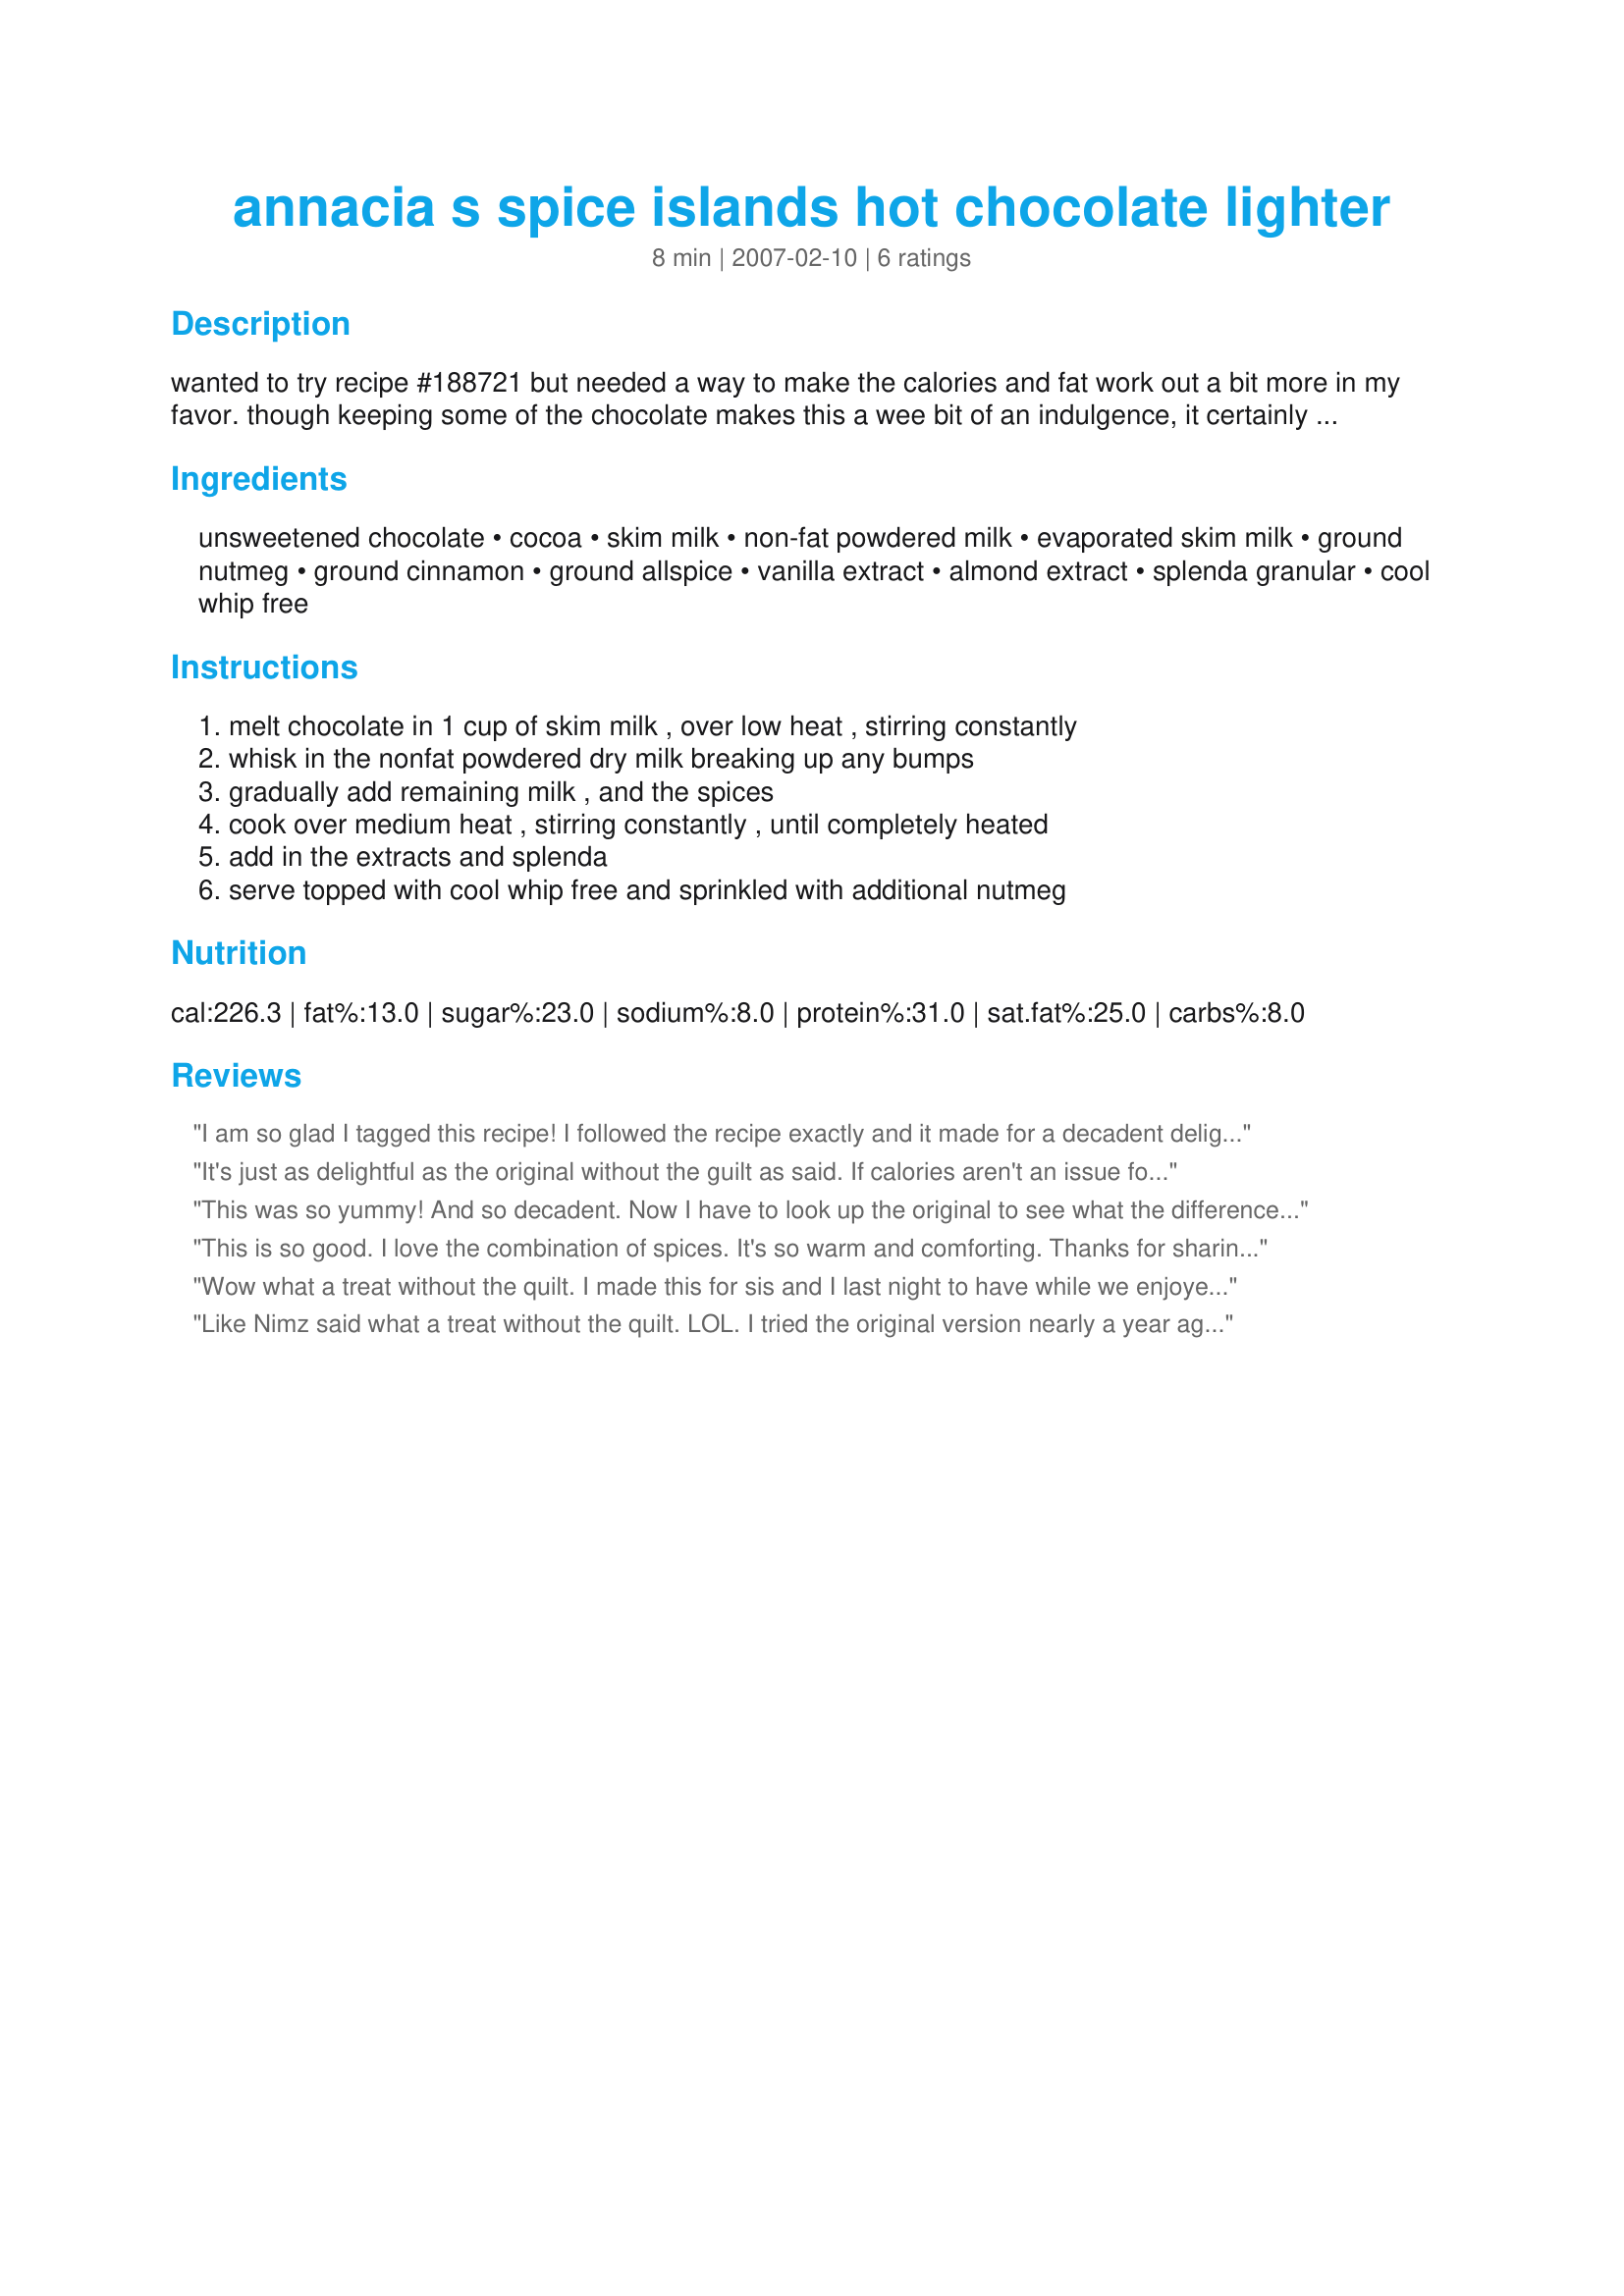
annacia s spice islands hot chocolate lighter
Preparation time: 8 minutes

wanted to try recipe #188721 but needed a way to make the calories and fat work out a bit more in my favor. though keeping some of the chocolate makes this a wee bit of an indulgence, it certainly makes this a better option for low fat folks like me or diabetics. have not tried the original, but i think this captures the it's flavors. thank you annacia for sharing your recipe and helping to create this one. :)

Ingredients:
unsweetened chocolate, cocoa, skim milk, non-fat powdered milk, evaporated skim milk, ground nutmeg, ground cinnamon, ground allspice, vanilla extract, almond extract, splenda granular, cool whip free

Steps:
melt chocolate in 1 cup of skim milk , over low heat , stirring constantly, whisk in the nonfat powdered dry milk breaking up any bumps, gradually add remaining milk , and the spices, cook over medium heat , stirring constantly , until completely heated, add in the extracts and splenda, serve topped with cool whip free and sprinkled with additional nutmeg

Reviews:
I am so glad I tagged this recipe! I followed the recipe exactly and it made for a decadent delight. I love the flavor the nutmeg a cinnamon give it. I plan on using the left over to make a mocha tomorrow morning. Thanks for the wonderful recipe Toni!
It's just as delightful as the original without the guilt as said. If calories aren't an issue for you then, by all means, do try the original recipe but if your watching your intake you can't go wrong with this lighter version. It's wonderful chocolate, spice (I did double the cinnamon but thats just me and something I just to routinely with pretty much any recipe) and warmth in a cup :D.
This was so yummy! And so decadent. Now I have to look up the original to see what the difference is? Made as a thank you for hosting the Summer Spectacular!
This is so good. I love the combination of spices. It's so warm and comforting. Thanks for sharing! Made for Gimme 5 tag.
Wow what a treat without the quilt. I made this for sis and I last night to have while we enjoyed a beautiful evening outside. We both truly enjoyed it. Thanks so much Ms. Toni.
Like Nimz said what a treat without the quilt. LOL. I tried the original version nearly a year ago and absolutely loved it. I would say this is just as good so why not have it lighter? I made it as directed not using the optional powdered milk. RICH SPICY and COMFORTING on a cold fall night! Made for the Holiday tag game.
